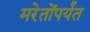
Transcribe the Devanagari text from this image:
मरेतोंपर्यंत